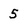
Character: 5